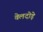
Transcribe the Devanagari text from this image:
वेलदोड़े